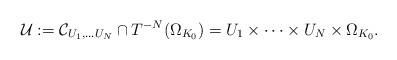
LaTeX: \begin{align*}\mathcal U:=\mathcal C_{U_1,\dots U_N}\cap T^{-N}(\Omega_{K_0})=U_1\times \dots \times U_N\times \Omega_{K_0}.\end{align*}